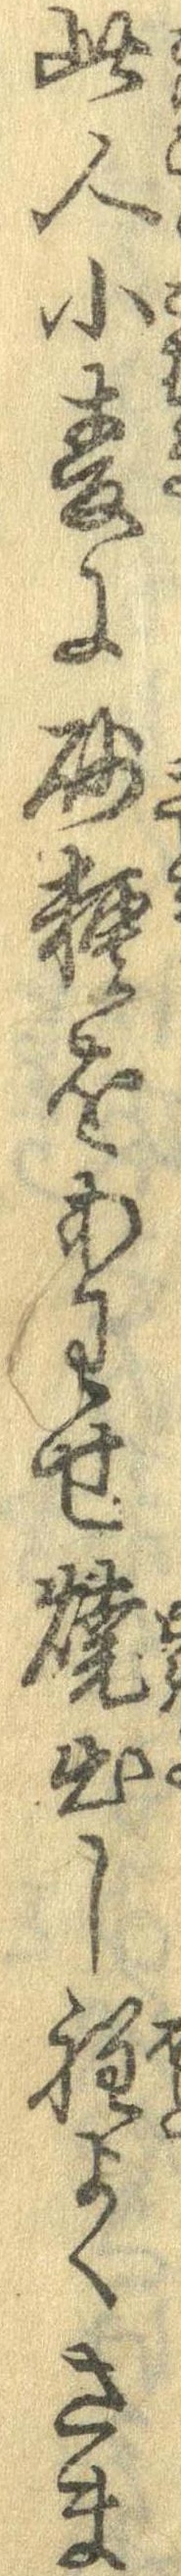
此人小麦に砂糖をあわせ焼出し程よくさま